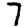
Digit: 7